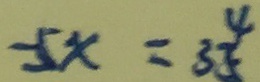
- 5 x = 3 \frac { 4 } { 5 }